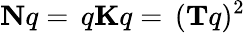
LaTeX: \mathbf{N}q=\, q\mathbf{K}q=\, (\mathbf{T}q)^{2}